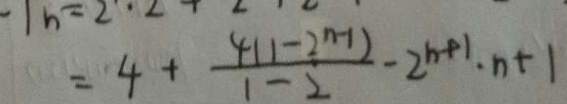
= 4 + \frac { 4 ( 1 - 2 ^ { n - 1 } ) } { 1 - 2 } - 2 ^ { n + 1 } \cdot n + 1